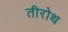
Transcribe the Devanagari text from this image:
तीरोथ